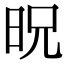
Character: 㫛